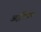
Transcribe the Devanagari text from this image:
अर्द्धचेतन